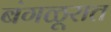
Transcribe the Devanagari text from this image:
बंगळूरात